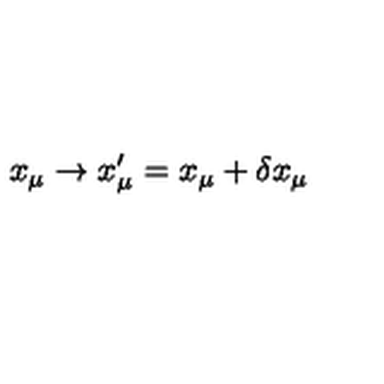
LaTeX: x _ { \mu } \rightarrow x _ { \mu } ^ { \prime } = x _ { \mu } + \delta x _ { \mu }